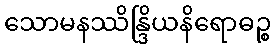
သောမနဿိန္ဒြိယနိရောဓဉ္စ